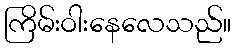
ကြိမ်းဝါးနေလေသည်။